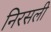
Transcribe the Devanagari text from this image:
निरसली